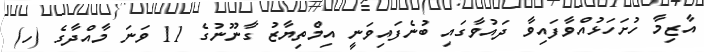
އާޒިމާ ހުށަހަޅުއްވާފައިވާ ދައުވާގައި ބުނެފައިވަނީ އިމްތިޔާޒު ގާނޫނުގެ 11 ވަނަ މާއްދާގެ (ހ)